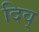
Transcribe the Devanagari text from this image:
दिव्‌